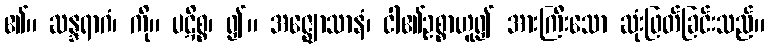
၏။ ဆန္ဒရာဂံ၊ ကို။ ပဋိစ္စ၊ ၍။ အဇ္ဈောသာနံ၊ ငါ၏ဥစ္စာဟူ၍ အားကြီးသော ဆုံးဖြတ်ခြင်းသည်။